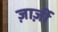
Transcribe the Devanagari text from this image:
ज़ार्ज़ी